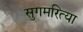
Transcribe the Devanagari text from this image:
सुगमरित्या